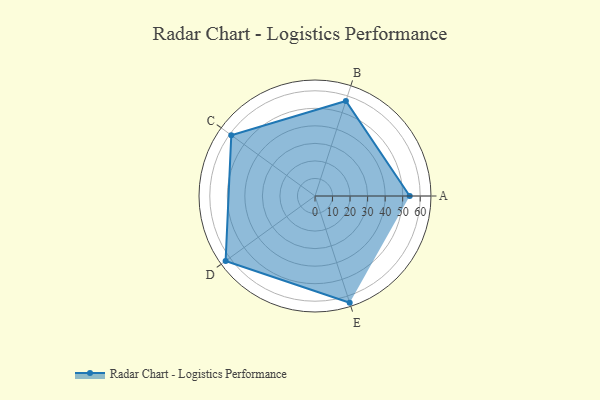
{"axis": {"x": "Skill", "y": "Score"}, "legend": ["Profile"], "data": [{"x": "A", "y": 54.0, "type": "Profile"}, {"x": "B", "y": 57.0, "type": "Profile"}, {"x": "C", "y": 59.0, "type": "Profile"}, {"x": "D", "y": 63.0, "type": "Profile"}, {"x": "E", "y": 64.0, "type": "Profile"}]}